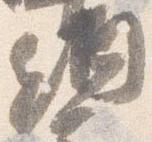
納